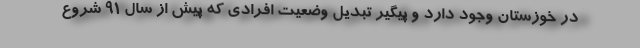
در خوزستان وجود دارد و پیگیر تبدیل وضعیت افرادی که پیش از سال ۹۱ شروع